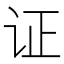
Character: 证